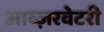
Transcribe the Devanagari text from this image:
आब्ज़रवेटरी